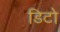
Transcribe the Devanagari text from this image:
डिटो